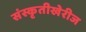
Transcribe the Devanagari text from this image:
संस्कृतीखेरीज